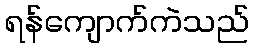
ရန်ကျောက်ကဲသည်